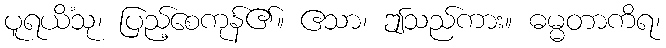
ပူရယိံသု၊ ပြည့်စေကုန်၏။ ဧသာ၊ ဤသည်ကား။ ဓမ္မတာကိရ၊